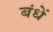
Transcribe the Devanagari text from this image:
बंधें